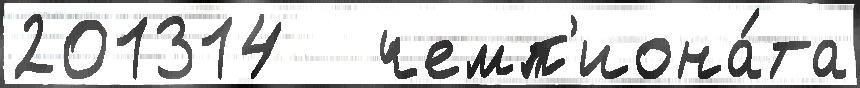
201314   чемп'иона́та